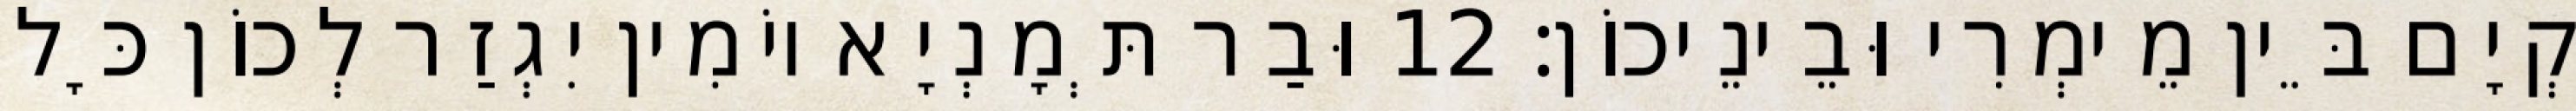
קְיָם בֵּין מֵימְרִי וּבֵינֵיכוֹן׃ 12 וּבַר תְּמָנְיָא יוֹמִין יִגְזַר לְכוֹן כָּל